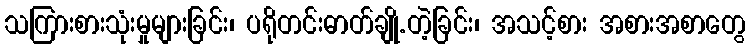
သကြားစားသုံးမှုများခြင်း၊ ပရိုတင်းဓာတ်ချို.တဲ့ခြင်း၊ အသင့်စား အစားအစာတွေ